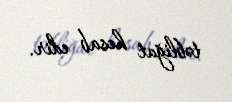
təbliğat hesab edir.